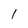
Character: 1